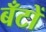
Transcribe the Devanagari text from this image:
बँटों